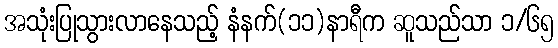
အသုံးပြုသွားလာနေသည့် နံနက်(၁၁)နာရီက ဆူသည်သာ ၁/၆၅